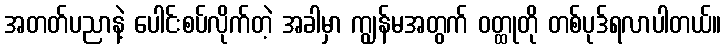
အတတ်ပညာနဲ့ ပေါင်းစပ်လိုက်တဲ့ အခါမှာ ကျွန်မအတွက် ဝတ္ထုတို တစ်ပုဒ်ရလာပါတယ်။